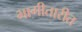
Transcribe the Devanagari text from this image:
भागीतारीत